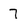
Character: 7